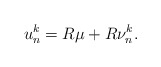
\begin{align*}u_n^k=R\mu+R\nu_n^k.\end{align*}